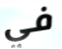
في